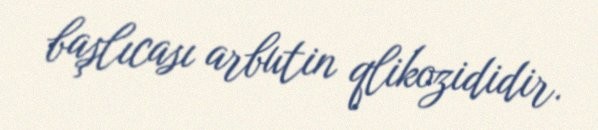
başlıcası arbutin qlikozididir.